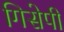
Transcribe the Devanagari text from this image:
गिसेपी